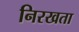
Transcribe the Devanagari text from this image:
निरखता